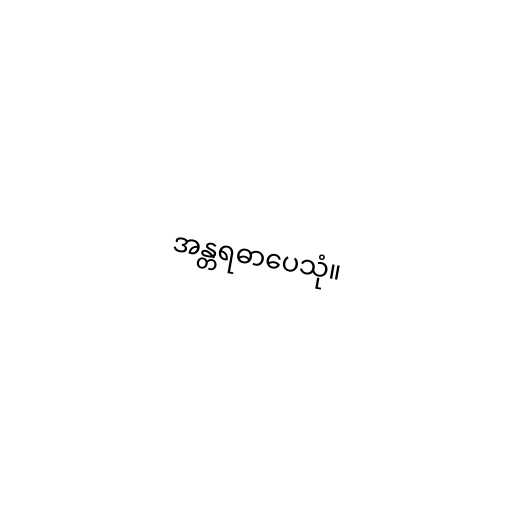
အန္တရဓာပေသုံ။